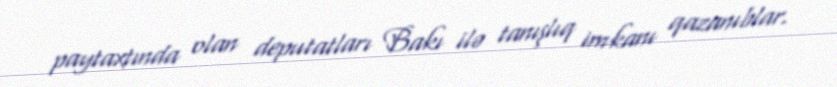
paytaxtında olan deputatları Bakı ilə tanışlıq imkanı qazanıblar.